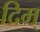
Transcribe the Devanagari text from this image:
दिम्